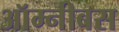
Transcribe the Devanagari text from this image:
ऑम्नीबस